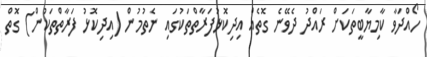
ހޯއްދަވާ ކާމިޔާބީތަކަށް ރައްދު ދެވޭނެ ގޮތެއް އިދިކޮޅުފަރާތްތަކުގައި ނެތުމުން (އިދިކޮޅު ފަރާތްތަކުން) ގޮތް